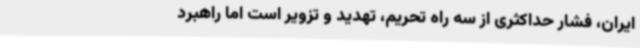
ایران، فشار حداکثری از سه راه تحریم، تهدید و تزویر است اما راهبرد